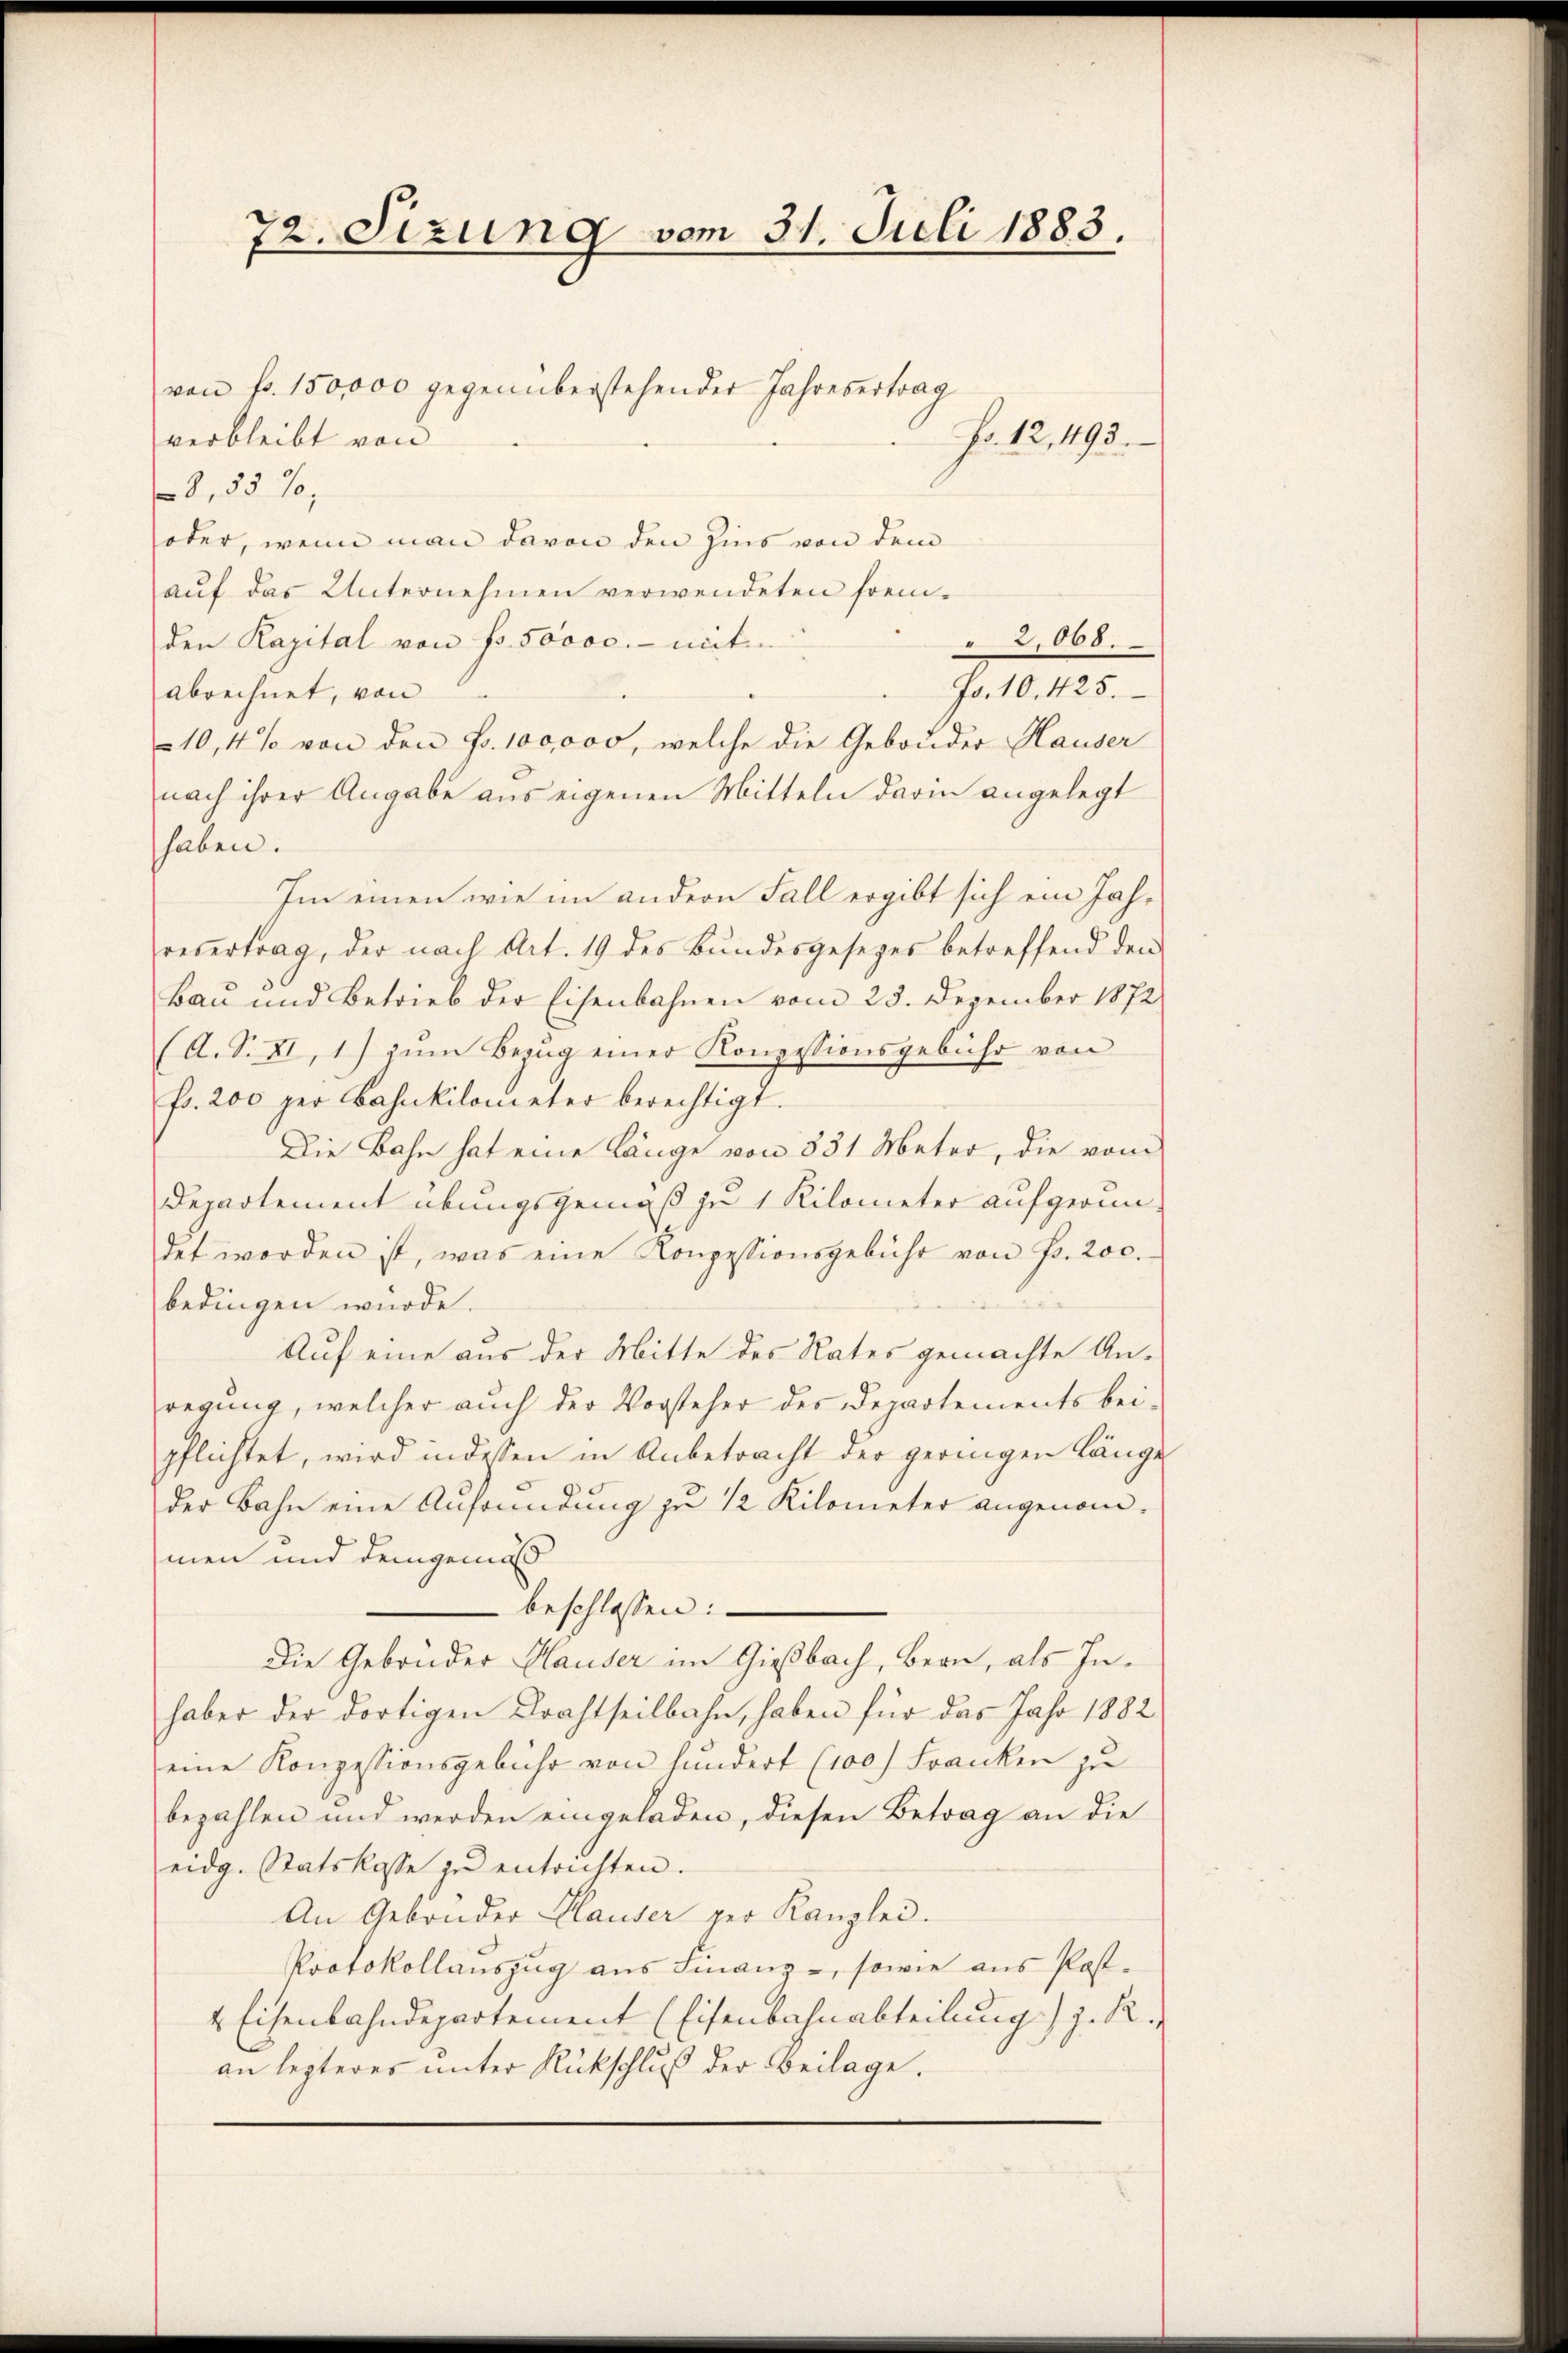
72. Sizung vom 31. Juli 1883.

von fr. 150,000 gegenüberstehender Jahresertrag
Fo. 12,493.
verbleibt von
8,55 %,
oder, wenn man davon den Zins von dem
aŭf das Unternehmen verwendeten frem¬
2068.
den Kapital von Fr. 50000.- mit
. 1815.
abrechnet, von
10,4% von den Fr. 100,000, welche die Gebruder Hauser
nach ihrer Angabe aus eigenen Mitteln darin angelegt
haben.
Im einen wie im andern Fall ergibt sich ein Jahrevertrag, der nach Art. 19 des Bundesgesezes betreffend den
Bau und Betrieb der Eisenbahnen vom 25. Dezember 1872
(A. S. XI, 1) zŭm Bezug einer Konzessionsgebühr von
fr. 200 per Bahnkilometer berechtigt.
Die Bahn hat eine Länge von 331 Meter, die vom
Departement übungsgemäß je 1 Kilometer aufgerundet worden ist, was eine Konzessionsgebühr von Fr. 200.
bedingen würde.
Auf eine aus der Mitte des Rates gemachte Anregung, welcher auch der Vorsteher des Departements bei-
pflichtet, wird indessen in Anbetracht der geringen länge
der Bahn eine Anfründung zu 1/2 Kilometer angenom-
men und demgemäß
beschlossen:
Die Gebrüder Hauser im Gießbach, Bern, als Inhaber der dortigen Drahtheilbahn, haben für das Jahr 1882
eine Konzessionsgebühr von hundert (100) Franken zu
bezahlen und werden eingeladen, diesen Betrag an die
eidg. Statskasse zŭ entrichten.
An Gebonder Hauser per Kanzlei.
Protokollaŭszŭg aŭs Finanz-, sowie aŭs Post-
4 Eisenbahndepartement (Eisenbahnabteilung) z. R.
an lezteres unter Rückschluß der Beilage.